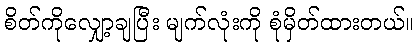
စိတ်ကိုလျှော့ချပြီး မျက်လုံးကို စုံမှိတ်ထားတယ်။